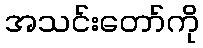
အသင်းတော်ကို